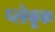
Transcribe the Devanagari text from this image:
प्लेबूक